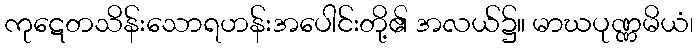
ကုဋေတသိန်းသောရဟန်းအပေါင်းတို့၏ အလယ်၌။ မာဃပုဏ္ဏမိယံ၊